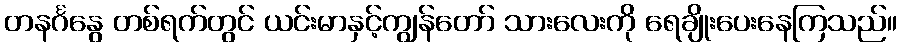
တနင်္ဂနွေ တစ်ရက်တွင် ယင်းမာနှင့်ကျွန်တော် သားလေးကို ရေချိုးပေးနေကြသည်။